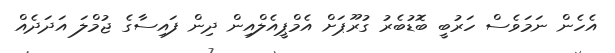
އެހެން ނަމަވެސް ހަރުބީ ބޮޑުބެރު ގުރޫޕަށް އެމްޕީއެލްއިން ދިން ފައިސާގެ ޖުމްލަ އަދަދެއް